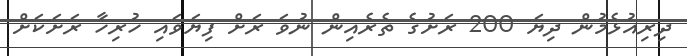
ދިރިއުޅެމުން ދިޔަ 200 ރަށުގެ ތެރެއިން ނުވަ ރަށް ފިޔަވައި ހުރިހާ ރަށަކަށް